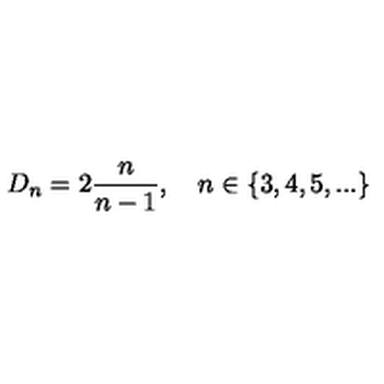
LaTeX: D _ { n } = 2 \frac { n } { n - 1 } , \quad n \in \{ 3 , 4 , 5 , . . . \}